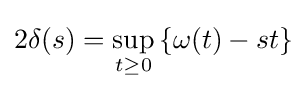
2\delta (s)=\sup _{t\geq 0}\left\{\omega (t)-st\right\}